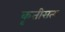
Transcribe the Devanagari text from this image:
कृतीसत्य